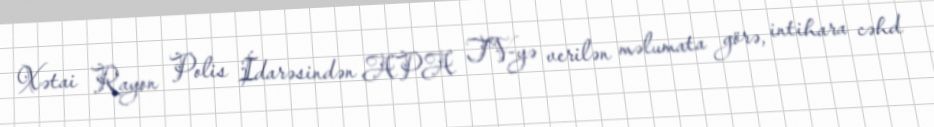
Xətai Rayon Polis İdarəsindən APA TV-yə verilən məlumata görə, intihara cəhd